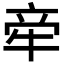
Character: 𬌟